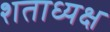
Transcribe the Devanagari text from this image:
शताध्यक्ष